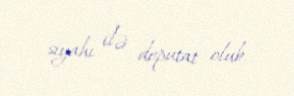
siyahı ilə deputat olub.